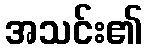
အသင်း၏